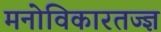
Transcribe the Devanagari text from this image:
मनोविकारतज्‍ज्ञ